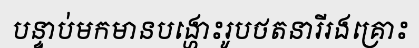
បន្ទាប់មកមានបង្ហោះរូបថតនារីរងគ្រោះ